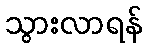
သွားလာရန်